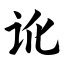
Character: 讹